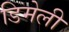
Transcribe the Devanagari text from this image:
डिमेली